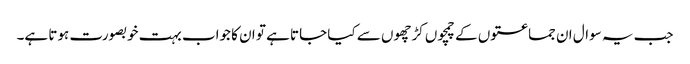
جب یہ سوال ان جماعتوں کے چمچوں کڑچھوں سے کیا جاتا ہے تو ان کا جواب بہت خوبصورت ہوتا ہے۔